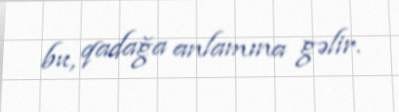
bu, qadağa anlamına gəlir.